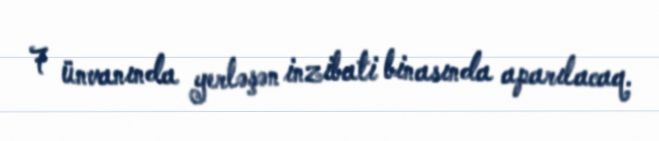
7 ünvanında yerləşən inzibati binasında aparılacaq.